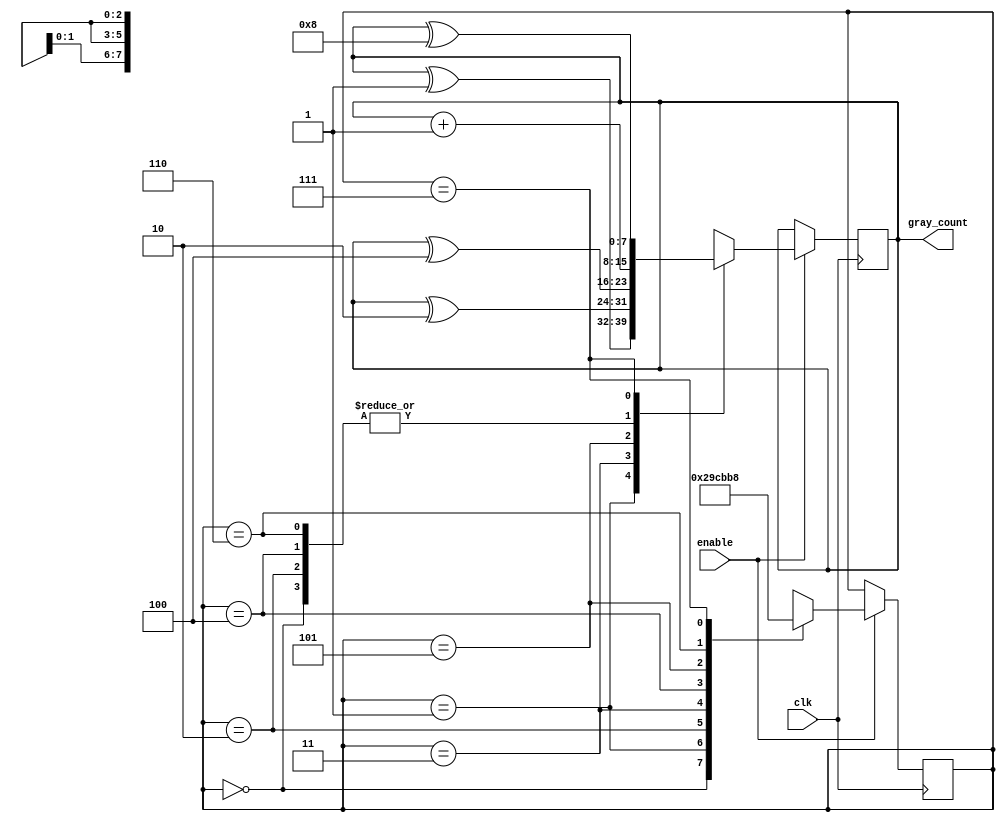
module gray_counter_clock_divider (
    input clk,
    input enable,
    output reg[7:0] gray_count
);

reg[7:0] count;
reg[2:0] state;

always @(posedge clk) begin
    if (enable) begin
        case (state)
            3'b000: begin
                count <= count + 1;
                state <= 3'b001;
            end
            3'b001: begin
                count <= count ^ 1;
                state <= 3'b010;
            end
            3'b010: begin
                count <= count + 1;
                state <= 3'b011;
            end
            3'b011: begin
                count <= count ^ 2;
                state <= 3'b100;
            end
            3'b100: begin
                count <= count + 1;
                state <= 3'b101;
            end
            3'b101: begin
                count <= count ^ 4;
                state <= 3'b110;
            end
            3'b110: begin
                count <= count + 1;
                state <= 3'b111;
            end
            3'b111: begin
                count <= count ^ 8;
                state <= 3'b000;
            end
        endcase
    end
end

assign gray_count = count;

endmodule